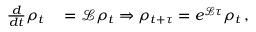
\begin{array} { r l } { \frac { d } { d t } \rho _ { t } } & { { } = \mathcal { L } \rho _ { t } \Rightarrow \rho _ { t + \tau } = e ^ { \mathcal { L } \tau } \rho _ { t } \, , } \end{array}